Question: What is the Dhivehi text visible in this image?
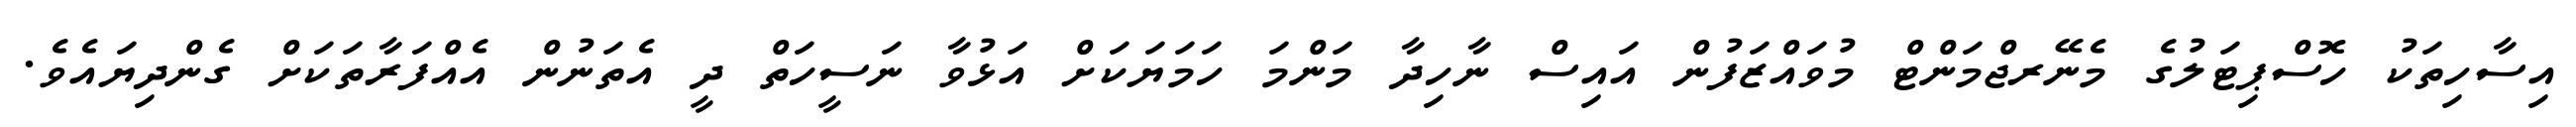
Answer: އިސާހިތަކު ހޮސްޕިޓަލުގެ މެނޭރޖްމަންޓް މުވައްޒަފުން އައިސް ނާހިދާ މަންމަ ހަމަޔަކަށް އަޅުވާ ނަސީހަތް ދީ އެތަނުން އެއްފަރާތަކަށް ގެންދިޔައެވެ.